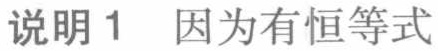
说明1 因为有恒等式